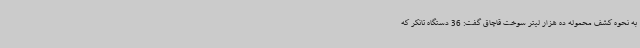
به نحوه کشف محموله ده هزار لیتر سوخت قاچاق گفت: 36 دستگاه تانکر که